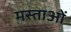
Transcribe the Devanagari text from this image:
मस्ताओं